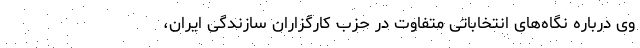
وی درباره نگاه‌های انتخاباتی متفاوت در حزب کارگزاران سازندگی ایران،